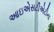
આઇએસટીએટીના